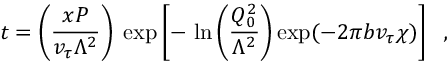
t = \left( \frac { x P } { v _ { \tau } \Lambda ^ { 2 } } \right) \; \exp \left[ - \, \ln \left( \frac { Q _ { 0 } ^ { 2 } } { \Lambda ^ { 2 } } \right) \exp ( - 2 \pi b v _ { \tau } \chi ) \right] \; \; ,